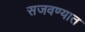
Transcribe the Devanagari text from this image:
सजवण्यात